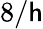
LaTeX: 8/\mathsf{h}